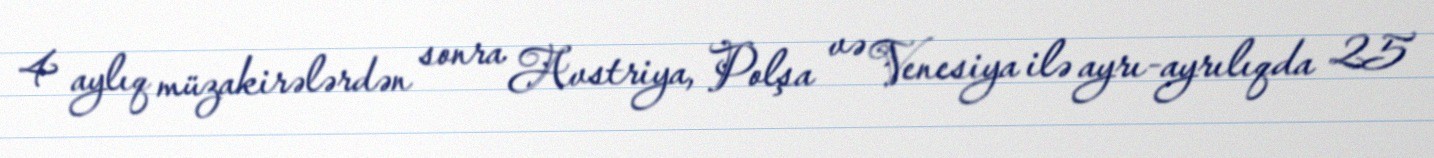
4 aylıq müzakirələrdən sonra Avstriya, Polşa və Venesiya ilə ayrı-ayrılıqda 25